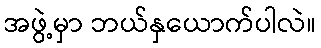
အဖွဲ့မှာ ဘယ်နှယောက်ပါလဲ။